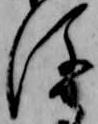
後